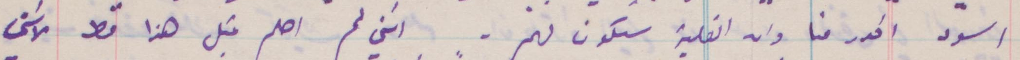
السود اقدر منا وان الغلبة ستكون لهم. انني لم احلم قبل هذا قط لاني